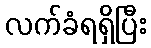
လက်ခံရရှိပြီး